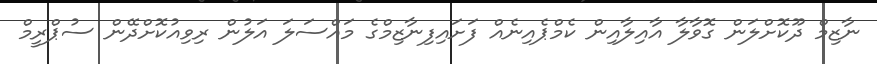
ނާޒިމް ދޫކޮށްލަން ގޮވާލާ އާއިލާއިން ކެމްޕެއިނެއް ފަށައިފިނާޒިމްގެ މައްސަލަ އަލުން ރިވިއުކޮށްދޭން ސުޕްރީމް